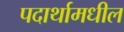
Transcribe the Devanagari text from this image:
पदार्थामधील